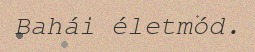
Bahái életmód.